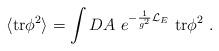
LaTeX: \begin{align*}\langle{\rm tr}\phi^2\rangle = \int DA~e^{-\frac{1}{g^2}{\cal L}_E}~ {\rm tr}\phi^2 ~.\end{align*}